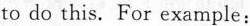
to do this. For example: